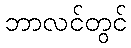
ဘာလင်တွင်